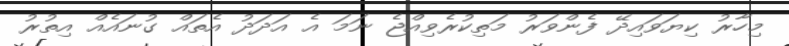
މިހާރު ކިޔަވައިދޭ ފެންވަރު މަތިކުރެވިއްޖެ ނަމަ އެ އަދަދު އެތައް ގުނައެއް އިތުރު